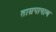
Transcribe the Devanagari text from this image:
ताम्रपाषाण